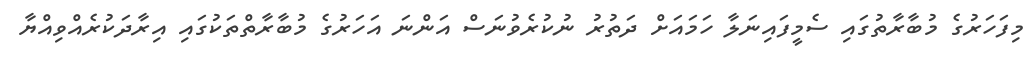
މިފަހަރުގެ މުބާރާތުގައި ސެމީފައިނަލާ ހަމައަށް ދަތުރު ނުކުރެވުނަސް އަންނަ އަހަރުގެ މުބާރާތްތަކުގައި އިރާދަކުރެއްވިއްޔާ